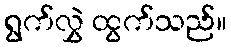
ရွက်လွှဲ ထွက်သည်။